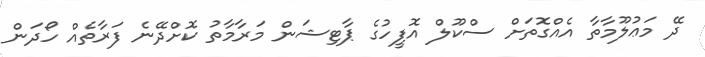
ދޭ މަޢުލޫމާތާ އެއްގޮތަށް ސްކޫލް އޮފީހުގެ ޕާޓިޝަން މަރާމާތު ކޮށްދޭނެ ފަރާތެއް ހޯދަން